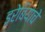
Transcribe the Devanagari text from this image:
इरेबियाचे